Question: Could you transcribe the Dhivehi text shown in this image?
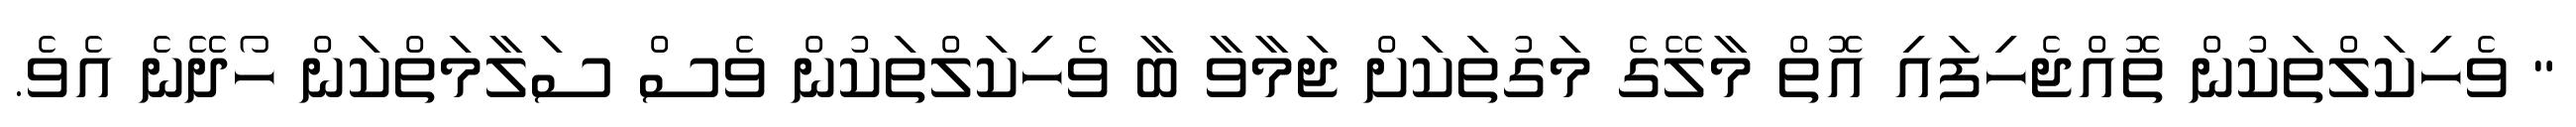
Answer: " ވެހިކަލްތަކުން ތޮއްޖެހިފައި އޮތް މާލޭގެ މަގުތަކަށް ޖަމާވާ ބާ ވެހިކަލްތަކުން ވެސް ސަލާމަތްކަން ހޯދޭނެ އެވެ.